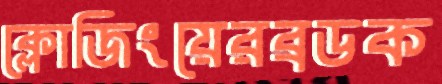
ক্লোজিংয়েরব্রডক